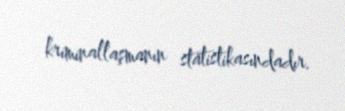
kriminallaşmanın statistikasındadır.